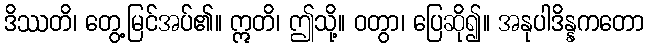
ဒိဿတိ၊ တွေ့မြင်အပ်၏။ ဣတိ၊ ဤသို့။ ဝတွာ၊ ပြေဆို၍။ အနုပါဒိန္နကတော